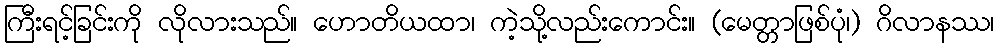
ကြီးရင့်ခြင်းကို လိုလားသည်။ ဟောတိယထာ၊ ကဲ့သို့လည်းကောင်း။ (မေတ္တာဖြစ်ပုံ၊) ဂိလာနဿ၊